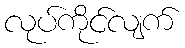
လုပ်ကိုင်လျက်